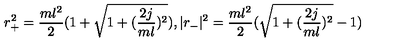
r _ { + } ^ { 2 } = { \frac { m l ^ { 2 } } { 2 } } ( 1 + \sqrt { 1 + ( { \frac { 2 j } { m l } } ) ^ { 2 } } ) , | r _ { - } | ^ { 2 } = { \frac { m l ^ { 2 } } { 2 } } ( \sqrt { 1 + ( { \frac { 2 j } { m l } } ) ^ { 2 } } - 1 ) ~